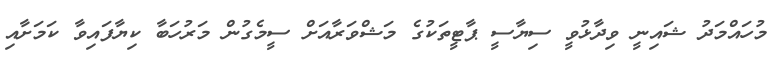
މުހައްމަދު ޝައިނީ ވިދާޅުވީ ސިޔާސީ ޕާޓީތަކުގެ މަޝްވަރާއަށް ސީމެގުން މަރުހަބާ ކިޔާފައިވާ ކަމަށާއި